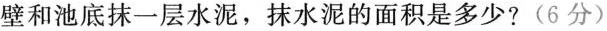
壁和池底抹一层水泥，抹水泥的面积是多少?(6分)